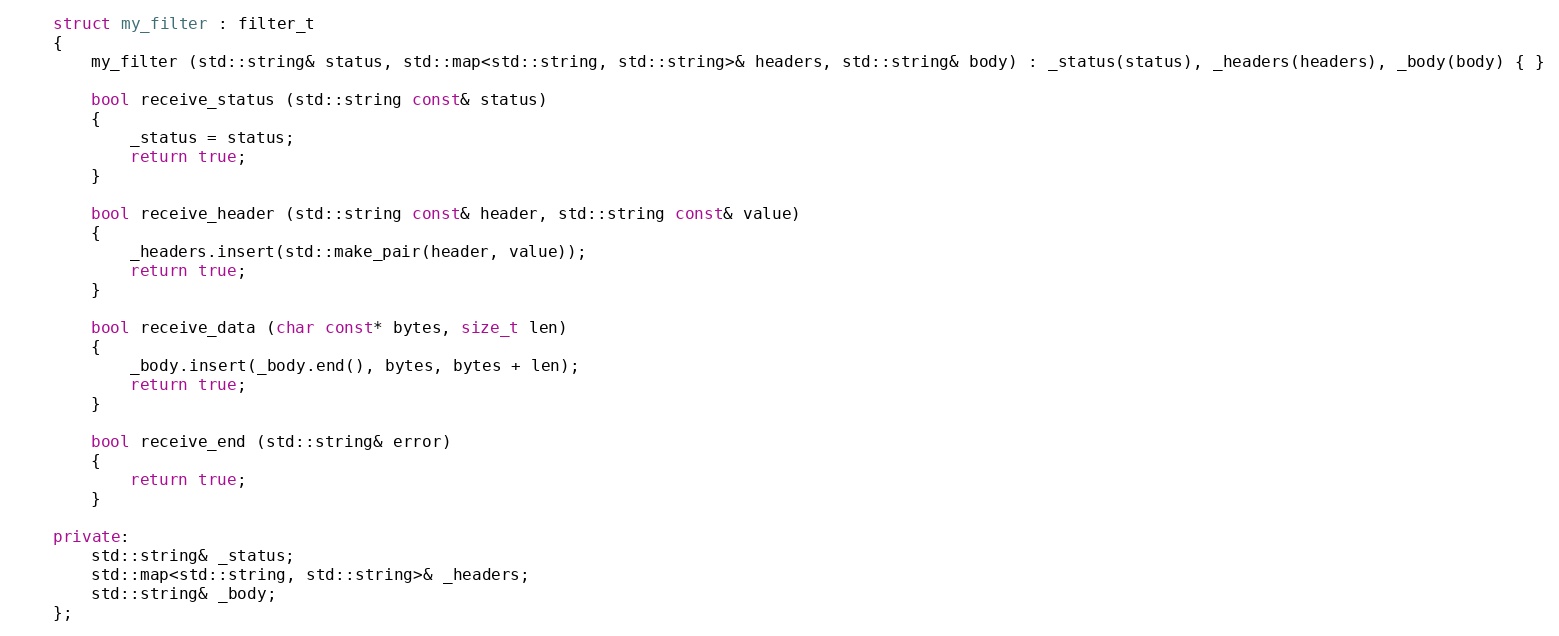
Language: C++
	struct my_filter : filter_t
	{
		my_filter (std::string& status, std::map<std::string, std::string>& headers, std::string& body) : _status(status), _headers(headers), _body(body) { }

		bool receive_status (std::string const& status)
		{
			_status = status;
			return true;
		}

		bool receive_header (std::string const& header, std::string const& value)
		{
			_headers.insert(std::make_pair(header, value));
			return true;
		}

		bool receive_data (char const* bytes, size_t len)
		{
			_body.insert(_body.end(), bytes, bytes + len);
			return true;
		}

		bool receive_end (std::string& error)
		{
			return true;
		}

	private:
		std::string& _status;
		std::map<std::string, std::string>& _headers;
		std::string& _body;
	};